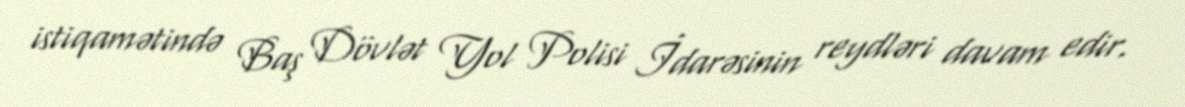
istiqamətində Baş Dövlət Yol Polisi İdarəsinin reydləri davam edir.